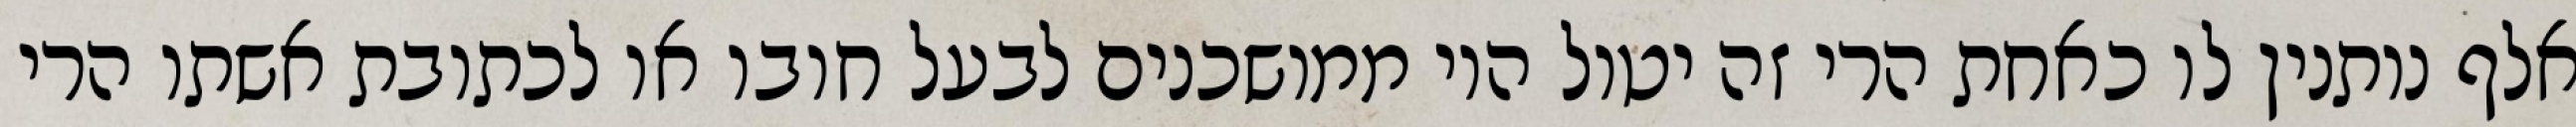
אלף נותנין לו כאחת הרי זה יטול היו ממושכנים לבעל חובו או לכתובת אשתו הרי